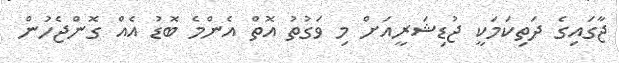
ޖާގައިގެ ދަތިކަމަކީ ޖުޑިޝަރީއަށް މި ވަގުތު އޮތް އެންމެ ބޮޑު އެއް ގޮންޖެހުން